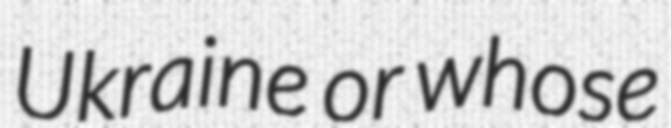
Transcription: Ukraine or whose